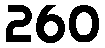
260